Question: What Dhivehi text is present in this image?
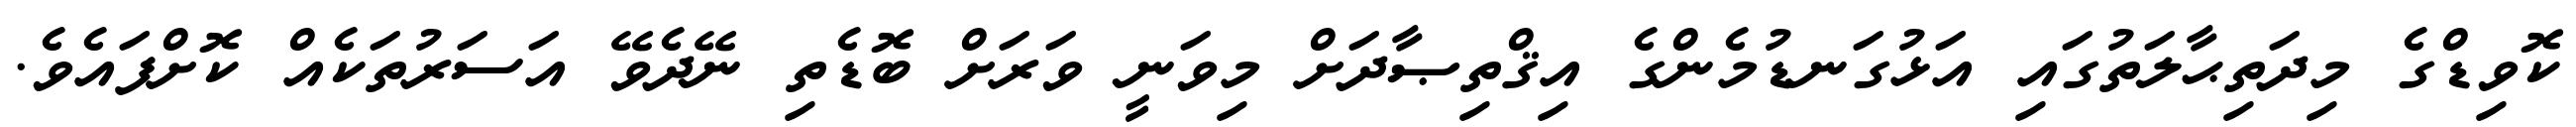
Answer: ކޮވިޑްގެ މިދަތިޙާލަތުގައި އަޅުގަނޑުމެންގެ އިޤްތިޞާދަށް މިވަނީ ވަރަށް ބޮޑެތި ނޭދެވޭ އަސަރުތަކެއް ކޮށްފައެވެ.